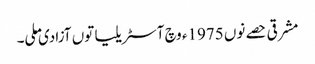
مشرقی حصے نوں 1975ء وچ آسٹریلیا توں آزادی ملی۔